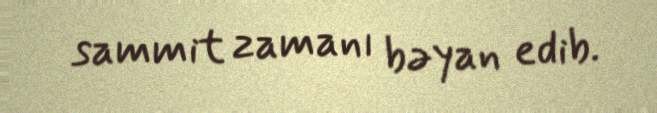
sammit zamanı bəyan edib.